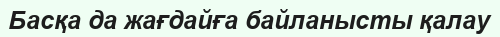
Басқа да жағдайға байланысты қалау